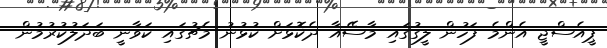
ޕީއެސްޖީ އެންމެ ފަހުން ލީގުގައި މާސޭއާ ދެކޮޅަށް ކުޅުނު މެޗުގައި ކަވާނީ ބަދަލުކުރުމުން